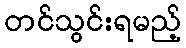
တင်သွင်းရမည့်